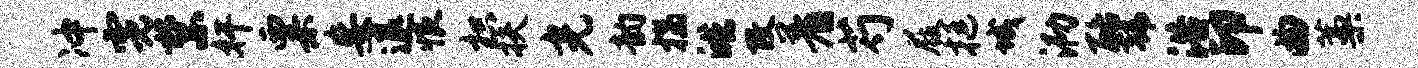
冲霓禁奸粟妄退恨枳扶光韵揣皓改着芍屐挺城泐酪韩浴印曲藁